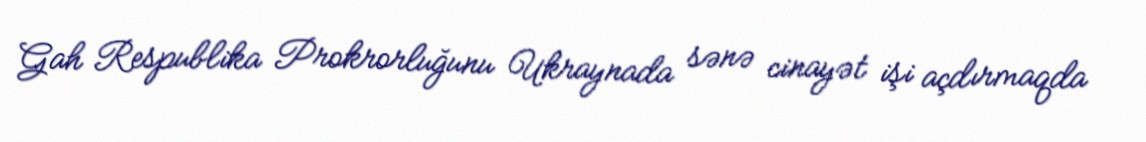
Gah Respublika Prokrorluğunu Ukraynada sənə cinayət işi açdırmaqda